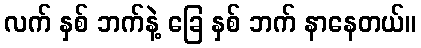
လက် နှစ် ဘက်နဲ့ ခြေ နှစ် ဘက် နာနေတယ်။